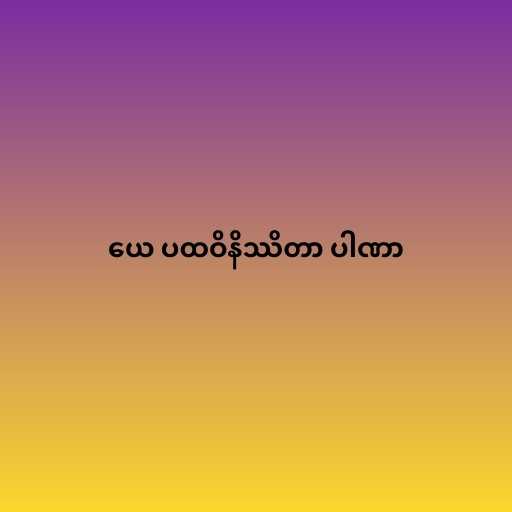
ယေ ပထဝိနိဿိတာ ပါဏာ